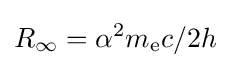
R_{\infty }=\alpha ^{2}m_{\mathrm {e} }c/2h